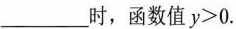
___时，函数值$$y>0$$.